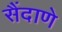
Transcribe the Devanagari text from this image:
सैंदाणे